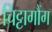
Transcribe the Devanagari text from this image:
चिट्टागौंग